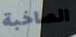
الصاخبة